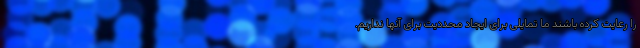
را رعایت کرده باشند ما تمایلی برای ایجاد محددیت برای آنها نداریم.